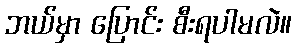
ဘယ်မှာ ပြောင်း စီးရပါမလဲ။